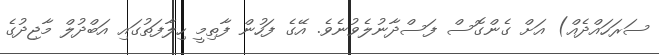
ސަރަހައްދެއް) އަށް ގެންގޮސް ފަސްދާނުލެވުނެވެ. އޭގެ ފަހުން ފާތިމީ ހިލާފަތުގައި އަބްދުލް މާޖިދުގެ